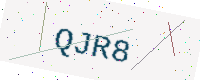
Text: QJR8